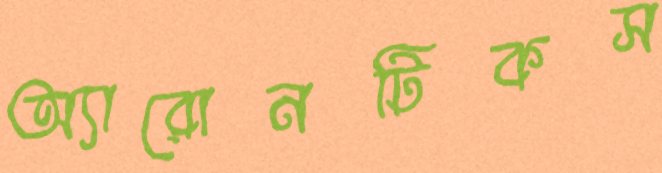
অ্যারোনটিকস